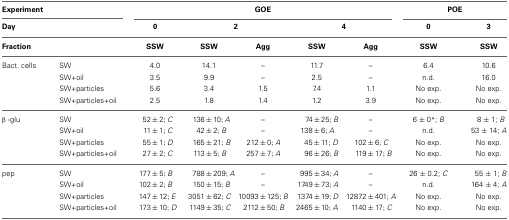
<table><thead><tr><td colspan="2"><b>Experiment</b></td><td colspan="5"><b>GOE</b></td><td colspan="2"><b>POE</b></td></tr><tr><td colspan="2"><b>Day</b></td><td><b>0</b></td><td colspan="2"><b>2</b></td><td colspan="2"><b>4</b></td><td><b>0</b></td><td><b>3</b></td></tr></thead><tbody><tr><td colspan="2"><b>Fraction</b></td><td><b>SSW</b></td><td><b>SSW</b></td><td><b>Agg</b></td><td><b>SSW</b></td><td><b>Agg</b></td><td><b>SSW</b></td><td><b>SSW</b></td></tr><tr><td>Bact. cells</td><td>SW</td><td>4.0</td><td>14.1</td><td>–</td><td>11.7</td><td>–</td><td>6.4</td><td>10.6</td></tr><tr><td></td><td>SW+oil</td><td>3.5</td><td>9.9</td><td>–</td><td>2.5</td><td>–</td><td>n.d.</td><td>16.0</td></tr><tr><td></td><td>SW+particles</td><td>5.6</td><td>3.4</td><td>1.5</td><td>7.4</td><td>1.1</td><td>No exp.</td><td>No exp.</td></tr><tr><td></td><td>SW+particles+oil</td><td>2.5</td><td>1.8</td><td>1.4</td><td>1.2</td><td>3.9</td><td>No exp.</td><td>No exp.</td></tr><tr><td>β-glu</td><td>SW</td><td>52 ± 2; <i>C</i></td><td>136 ± 10; <i>A</i></td><td>–</td><td>74 ± 25; <i>B</i></td><td>–</td><td>6 ± 0<sup>*</sup>; <i>B</i></td><td>8 ± 1; <i>B</i></td></tr><tr><td></td><td>SW+oil</td><td>11 ± 1; <i>C</i></td><td>42 ± 2; <i>B</i></td><td>–</td><td>138 ± 6; <i>A</i></td><td>–</td><td>n.d.</td><td>53 ± 14; <i>A</i></td></tr><tr><td></td><td>SW+particles</td><td>55 ± 1; <i>D</i></td><td>165 ± 21; <i>B</i></td><td>212 ± 0; <i>A</i></td><td>45 ± 11; <i>D</i></td><td>102 ± 6; <i>C</i></td><td>No exp.</td><td>No exp.</td></tr><tr><td></td><td>SW+particles+oil</td><td>27 ± 2; <i>C</i></td><td>113 ± 5; <i>B</i></td><td>257 ± 7; <i>A</i></td><td>96 ± 26; <i>B</i></td><td>119 ± 17; <i>B</i></td><td>No exp.</td><td>No exp.</td></tr><tr><td>pep</td><td>SW</td><td>177 ± 5; <i>B</i></td><td>788 ± 209; <i>A</i></td><td>–</td><td>995 ± 34; <i>A</i></td><td>–</td><td>26 ± 0.2; <i>C</i></td><td>55 ± 1; <i>B</i></td></tr><tr><td></td><td>SW+oil</td><td>102 ± 2; <i>B</i></td><td>150 ± 15; <i>B</i></td><td>–</td><td>1749 ± 73; <i>A</i></td><td>–</td><td>n.d.</td><td>164 ± 4; <i>A</i></td></tr><tr><td></td><td>SW+particles</td><td>147 ± 12; <i>E</i></td><td>3051 ± 62; <i>C</i></td><td>10093 ± 125; <i>B</i></td><td>1374 ± 19; <i>D</i></td><td>12872 ± 401; <i>A</i></td><td>No exp.</td><td>No exp.</td></tr><tr><td></td><td>SW+particles+oil</td><td>173 ± 10; <i>D</i></td><td>1149 ± 35; <i>C</i></td><td>2112 ± 50; <i>B</i></td><td>2465 ± 10; <i>A</i></td><td>1140 ± 17; <i>C</i></td><td>No exp.</td><td>No exp.</td></tr></tbody></table>